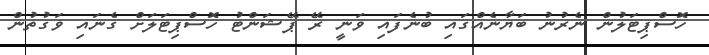
ހޮސްޕިޓަލުން ނެރުނު ބަޔާނެއްގައި ބުނެފައި ވަނީ ރޭ ޕޭޝަންޓު ހޮސްޕިޓަލަށް ގެނައި ވަގުތުން